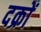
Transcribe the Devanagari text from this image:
दक्रों